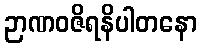
ဉာဏဝဇိရနိပါတနော